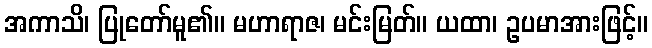
အကာသိ၊ ပြုတော်မူ၏။ မဟာရာဇ၊ မင်းမြတ်။ ယထာ၊ ဥပမာအားဖြင့်။